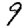
Digit: 9